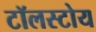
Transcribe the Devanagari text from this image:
टॉलस्टोय